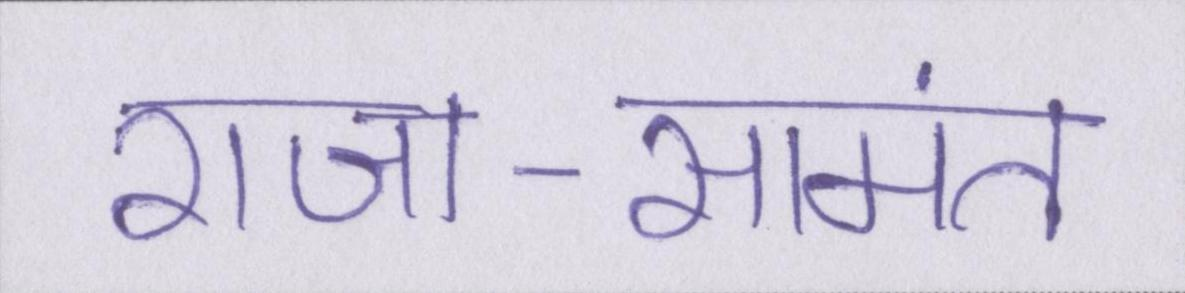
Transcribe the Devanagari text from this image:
राजा-सामंत